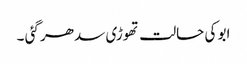
ابو کی حالت تھوڑی سدھر گئی ۔